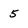
Character: 5